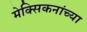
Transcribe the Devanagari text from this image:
मेक्सिकनांच्या